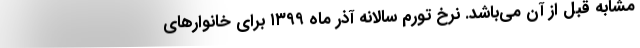
مشابه قبل از آن می‌باشد. نرخ تورم سالانه آذر ماه ١٣٩٩ برای خانوارهای